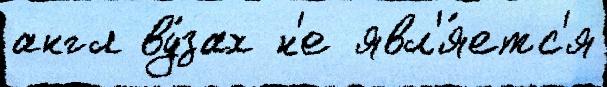
англ ву́зах н'е явл'я́етс'я